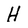
Character: H